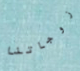
زوجاتنا